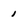
Character: 1